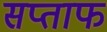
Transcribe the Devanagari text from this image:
सप्ताफ